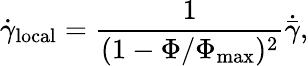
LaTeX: \dot{\gamma}_{\mathrm{local}}=\frac{1}{(1-\Phi/\Phi_{\mathrm{max}})^{2}}\dot{\bar{\gamma}},